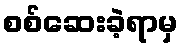
စစ်ဆေးခဲ့ရာမှ